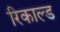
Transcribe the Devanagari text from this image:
रिकाल्ड